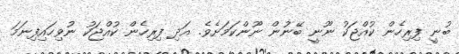
ބުނީ ފިރިހެން ކުއްޖަކު ނޫނީ ބޭނުން ނޫންކަމަށެވެ. އަދި ފިރިހެން ކުއްޖަކު ނުވިހައިފިނަމަ